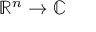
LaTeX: \mathbb { R } ^ { n } \to \mathbb { C }